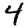
Digit: 4